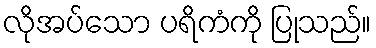
လိုအပ်သော ပရိကံကို ပြုသည်။